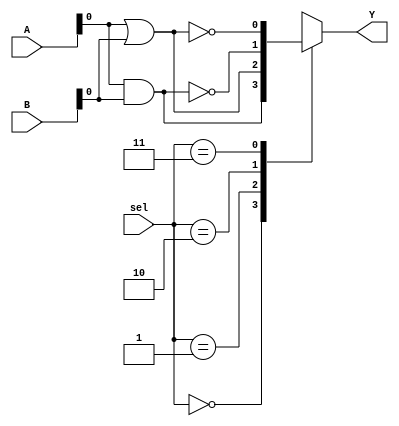
module CLB (
    input wire [3:0] A,         // 4 input lines
    input wire [3:0] B,         // 4 input lines
    input wire [1:0] sel,       // Select lines to choose the logic function
    output reg Y                // Output line
);

// Intermediate signals for various logic functions
wire and_out, or_out, not_out, nand_out, nor_out, xor_out, xnor_out;

assign and_out = A & B;       // AND
assign or_out = A | B;        // OR
assign not_out = ~A;          // NOT (using A as one of the operands)
assign nand_out = ~(A & B);   // NAND
assign nor_out = ~(A | B);    // NOR
assign xor_out = A ^ B;       // XOR
assign xnor_out = ~(A ^ B);   // XNOR

// Mux to select the output based on the select lines
always @(*) begin
    case (sel)
        2'b00: Y = and_out;   // Select AND
        2'b01: Y = or_out;    // Select OR
        2'b10: Y = nand_out;   // Select NAND
        2'b11: Y = nor_out;    // Select NOR
        2'b100: Y = xor_out;   // Select XOR
        2'b101: Y = xnor_out;  // Select XNOR
        // Additional cases can be added for more configurations
        default: Y = 1'b0;     // Default case
    endcase
end

endmodule